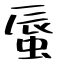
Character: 蜃